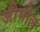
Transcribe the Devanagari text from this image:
जीमोल